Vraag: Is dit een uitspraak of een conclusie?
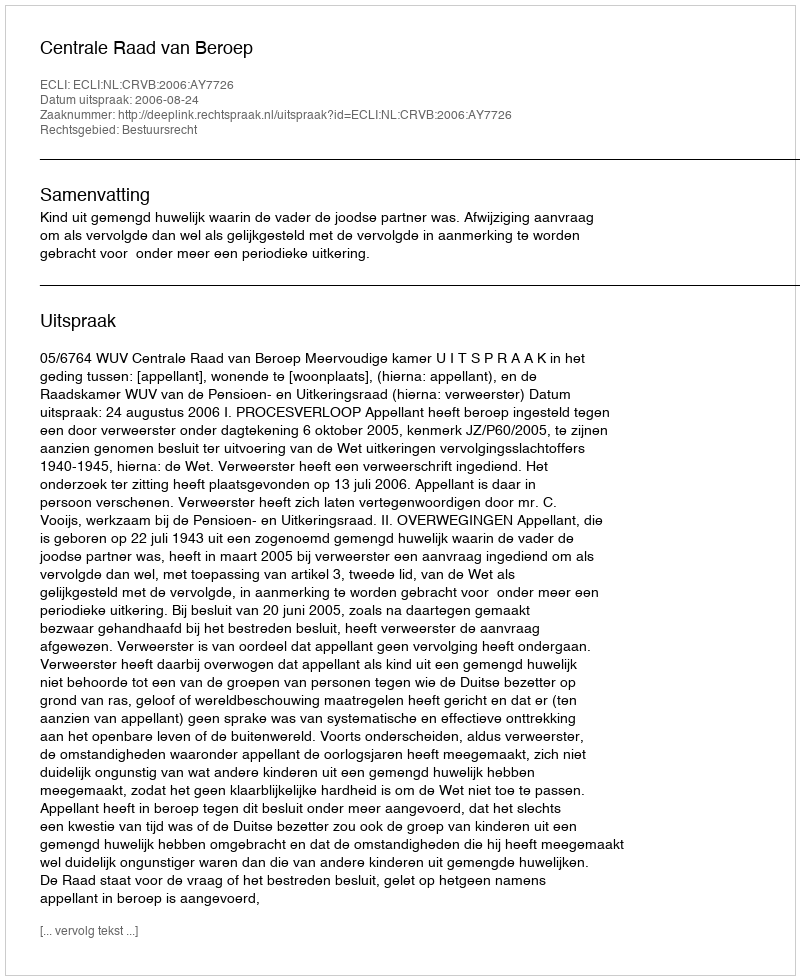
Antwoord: Uitspraak